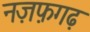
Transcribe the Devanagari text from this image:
नज़फ़गढ़